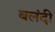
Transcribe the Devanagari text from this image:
बलंदी